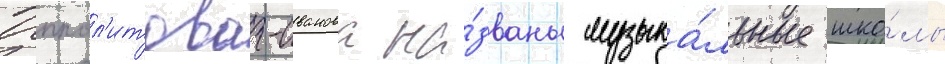
Иппол'итова-иванова на́званы музыка́льные шко́лы